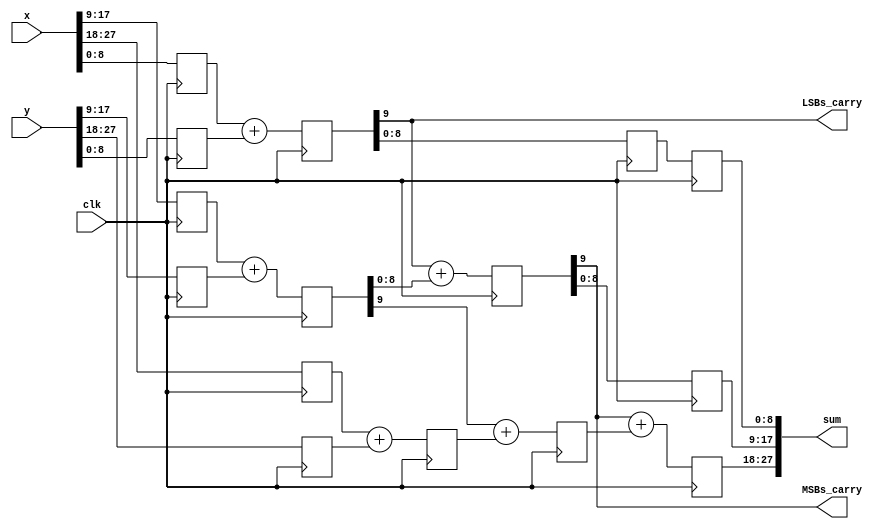
//*********************************************************
// IEEE STD 1364-2001 Verilog file: add2p.v 
// Author-EMAIL: Uwe.Meyer-Baese@ieee.org
//*********************************************************
// 22-bit adder with two pipeline stages
// uses no components     
module add2p   
#(parameter WIDTH   = 28,    // Total bit width
            WIDTH1  = 9,     // Bit width of LSBs 
            WIDTH2  = 9,     // Bit width of middle
            WIDTH12 = 18,    // Sum WIDTH1+WIDTH2
            WIDTH3  =  10)   // Bit width of MSBs
 (input  [WIDTH-1:0] x, y,   // Inputs
  output [WIDTH-1:0] sum,    // Result
  output LSBs_carry, MSBs_carry,  // Carry test bits
  input   clk);              // System clock
// --------------------------------------------------------
  reg [WIDTH1-1:0] l1, l2, v1, s1; // LSBs of inputs
  reg [WIDTH1:0]   q1;             // LSBs of inputs
  reg [WIDTH2-1:0] l3, l4, s2;     // Middle bits
  reg [WIDTH2:0]   q2, v2;         // Middle bits
  reg [WIDTH3-1:0] l5, l6, q3, v3, s3; // MSBs of input

  // Split in MSBs and LSBs and store in registers
  always @(posedge clk) begin
    // Split LSBs from input x,y
    l1[WIDTH1-1:0] <= x[WIDTH1-1:0];
    l2[WIDTH1-1:0] <= y[WIDTH1-1:0];
    // Split middle bits from input x,y
    l3[WIDTH2-1:0] <= x[WIDTH2-1+WIDTH1:WIDTH1];
    l4[WIDTH2-1:0] <= y[WIDTH2-1+WIDTH1:WIDTH1];
    // Split MSBs from input x,y
    l5[WIDTH3-1:0] <= x[WIDTH3-1+WIDTH12:WIDTH12];
    l6[WIDTH3-1:0] <= y[WIDTH3-1+WIDTH12:WIDTH12];				
//************** First stage of the adder  ****************
    q1 <= {1'b0, l1} + {1'b0, l2};  // Add LSBs of x and y
    q2 <= {1'b0, l3} + {1'b0, l4};  // Add LSBs of x and y
    q3 <= l5 + l6;                  // Add MSBs of x and y
//************* Second stage of the adder *****************
    v1 <= q1[WIDTH1-1:0];           // Save q1   
// Add result from middle bits (x+y) and carry from LSBs
    v2 <= q1[WIDTH1] + {1'b0,q2[WIDTH2-1:0]};
// Add result from MSBs bits (x+y) and carry from middle
    v3 <= q2[WIDTH2] + q3;
//************* Third stage of the adder ******************
    s1 <= v1;                             // Save v1
    s2 <= v2[WIDTH2-1:0];          // Save v2
// Add result from MSBs bits (x+y) and 2. carry from middle
    s3 <= v2[WIDTH2] + v3;
  end

  assign LSBs_carry = q1[WIDTH1]; // Provide test signals
  assign MSBs_carry = v2[WIDTH2];

// Build a single output word of WIDTH=WIDTH1+WIDTH2+WIDTH3
  assign sum ={s3, s2, s1};   // Connect sum to output pins

endmodule